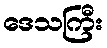
ဒေသကြီး